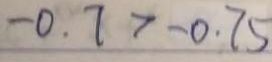
- 0 . 7 > - 0 . 7 5